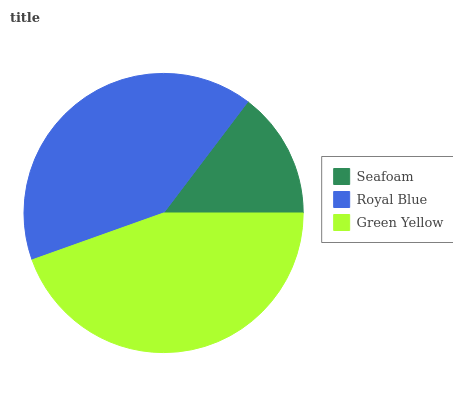
| Seafoam | Royal Blue | Green Yellow |
 | --- | --- | --- |
 | 14.7% | 40.7% | 44.6% |